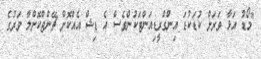
"މޯޑު އަޅާ ވަރަށް ކުޑަކުޑަ އިންގްރީޑިއަންޓަކުންވެސް އެ ޑިޝް އެއްކޮށް ޗޭންޖްކޮށްލާ ވަރުގެ